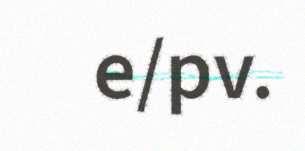
e/pv.